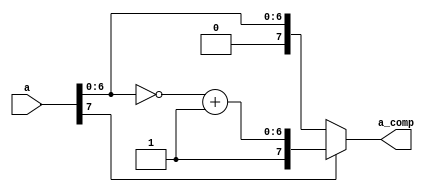
//2022-7-23,
//

module ts_bmzh(a,a_comp);
input[7:0] 	a;
output[7:0] 	a_comp;

wire[6:0]	b;//
wire[7:0]	y;//

assign 	b=~a[6:0];
assign	 y[6:0]=b+1;//+1
assign	 y[7]=a[7];//
// assign	y={a[7],~a[6:0]+1}; //{}
assign a_comp=a[7]?y:a;//1

//assign a_comp=a[7]?{a[7],~a[6:0]+1}:a;




endmodule